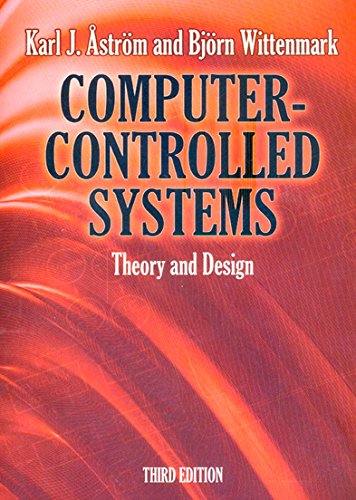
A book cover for Computer-Controlled Systems: Theory and Design, Third Edition (Dover Books on Electrical Engineering); Karl A Astrom; Engineering & Transportation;